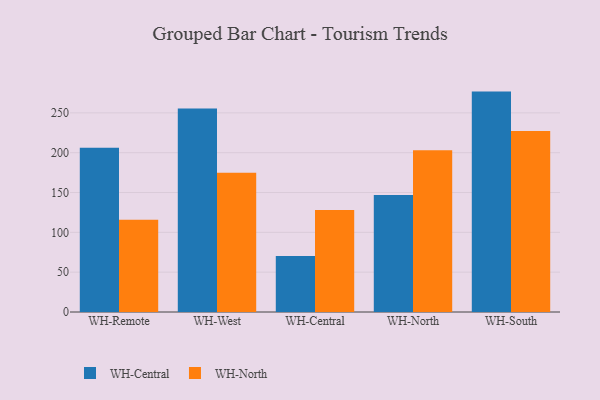
{"axis": {"x": "Warehouse", "y": "Bounce Rate (%)"}, "legend": ["WH-Central", "WH-North"], "data": [{"x": "WH-Remote", "y": 206.3, "type": "WH-Central"}, {"x": "WH-Remote", "y": 115.9, "type": "WH-North"}, {"x": "WH-West", "y": 255.4, "type": "WH-Central"}, {"x": "WH-West", "y": 174.8, "type": "WH-North"}, {"x": "WH-Central", "y": 70.2, "type": "WH-Central"}, {"x": "WH-Central", "y": 128.0, "type": "WH-North"}, {"x": "WH-North", "y": 146.8, "type": "WH-Central"}, {"x": "WH-North", "y": 203.1, "type": "WH-North"}, {"x": "WH-South", "y": 276.7, "type": "WH-Central"}, {"x": "WH-South", "y": 227.3, "type": "WH-North"}]}